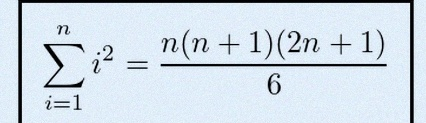
\sum_{i=1}^{n}i^2=\frac{n(n+1)(2n+1)}6